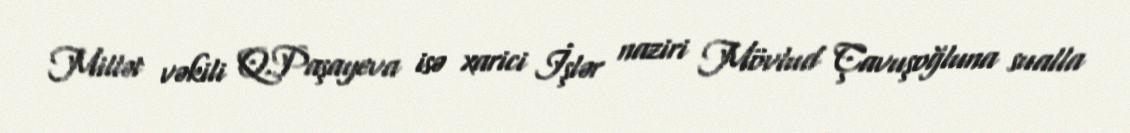
Millət vəkili Q.Paşayeva isə xarici İşlər naziri Mövlud Çavuşoğluna sualla